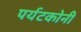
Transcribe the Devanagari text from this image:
पर्यटकोनी